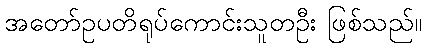
အတော်ဥပတိရုပ်ကောင်းသူတဦး ဖြစ်သည်။